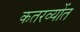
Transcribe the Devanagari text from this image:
कतरव्योंत